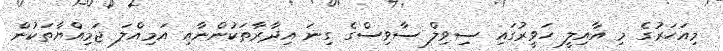
މިއަހަރުގެ މި އާއިލީ ހަވީރުގައި ސިވިލް ސާވިސްގެ ގިނަ އިދާރާތަކުންނާއި އަމިއްލަ ޖަމިއްޔާތަކުން